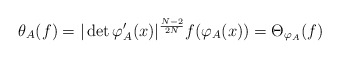
\begin{align*} \theta_A(f)= |\det \varphi'_A(x)|^{\frac{N-2}{2N}}f(\varphi_A(x)) =\Theta_{\varphi_A}(f)\end{align*}